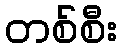
တစ်စီး